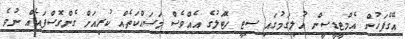
އޭގެފަހުން އެމްޓީޑީސީން އުލިގަމުގައި ސިޓީ ހޮޓަލުގެ އެއްވެސް މަސައްކަތެއް ކުރިއަށް ގެންގޮސްފައެއް ނުވެ